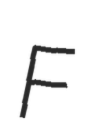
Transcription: F